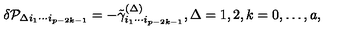
\delta { \cal P } _ { \Delta i _ { 1 } \cdots i _ { p - 2 k - 1 } } = - \tilde { \gamma } _ { i _ { 1 } \cdots i _ { p - 2 k - 1 } } ^ { ( \Delta ) } , \Delta = 1 , 2 , k = 0 , \ldots , a ,